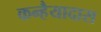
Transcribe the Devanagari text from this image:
कन्हैयादास